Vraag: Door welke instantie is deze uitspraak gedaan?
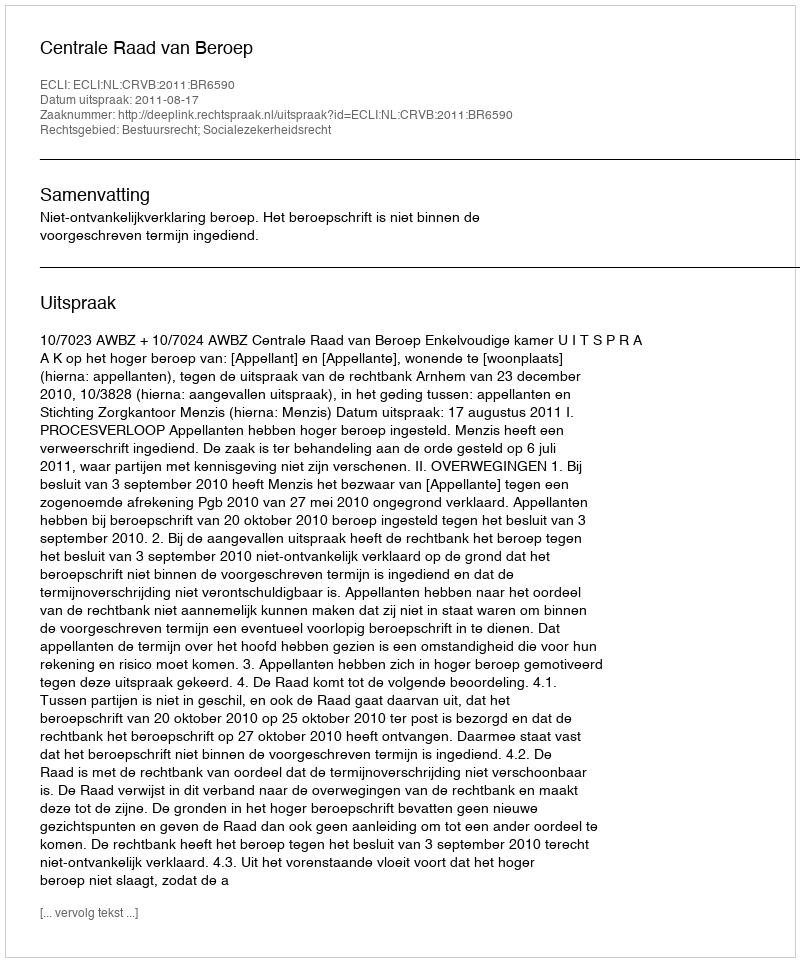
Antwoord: Centrale Raad van Beroep